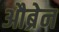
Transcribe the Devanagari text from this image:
औब्रेन